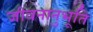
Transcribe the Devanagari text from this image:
जीवनानुभूति